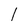
Character: l